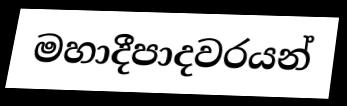
මහාදීපාදවරයන්